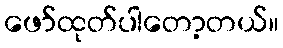
ဖော်ထုတ်ပါတော့တယ်။